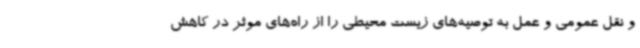
و نقل عمومی و عمل به توصیه‌های زیست محیطی را از راه‌های موثر در کاهش